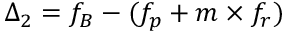
\Delta _ { 2 } = f _ { B } - ( f _ { p } + m \times f _ { r } )